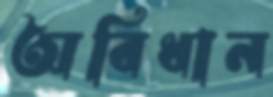
অবিধান